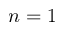
{ n = 1 }